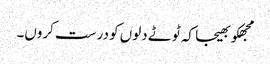
مجھکو بھیجا کہ ٹوٹے دلوں کو درست کروں۔